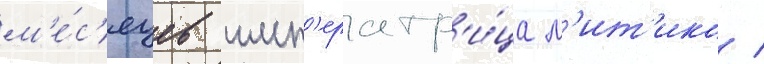
м'е́с'яцев имп'ератр'и́ца м'ит'ико /